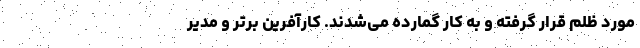
مورد ظلم قرار گرفته و به کار گمارده می‌شدند. کارآفرین برتر و مدیر